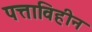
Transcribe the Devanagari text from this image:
पत्ताविहीन